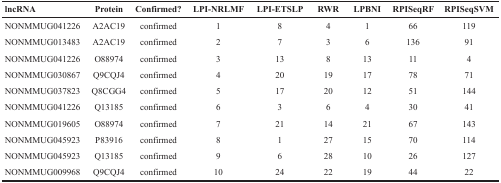
| lncRNA | Protein | Confirmed? | LPI-NRLMF | LPI-ETSLP | RWR | LPBNI | RPISeqRF | RPISeqSVM |
 | --- | --- | --- | --- | --- | --- | --- | --- | --- |
 | NONMMUG041226 | A2AC19 | confirmed | 1 | 8 | 4 | 1 | 66 | 119 |
 | NONMMUG013483 | A2AC19 | confirmed | 2 | 7 | 3 | 6 | 136 | 91 |
 | NONMMUG041226 | O88974 | confirmed | 3 | 13 | 8 | 13 | 11 | 4 |
 | NONMMUG030867 | Q9CQJ4 | confirmed | 4 | 20 | 19 | 17 | 78 | 71 |
 | NONMMUG037823 | Q8CGG4 | confirmed | 5 | 17 | 20 | 12 | 51 | 144 |
 | NONMMUG041226 | Q13185 | confirmed | 6 | 3 | 6 | 4 | 30 | 41 |
 | NONMMUG019605 | O88974 | confirmed | 7 | 21 | 14 | 21 | 67 | 143 |
 | NONMMUG045923 | P83916 | confirmed | 8 | 1 | 27 | 15 | 70 | 114 |
 | NONMMUG045923 | Q13185 | confirmed | 9 | 6 | 28 | 10 | 26 | 127 |
 | NONMMUG009968 | Q9CQJ4 | confirmed | 10 | 24 | 22 | 19 | 44 | 22 |